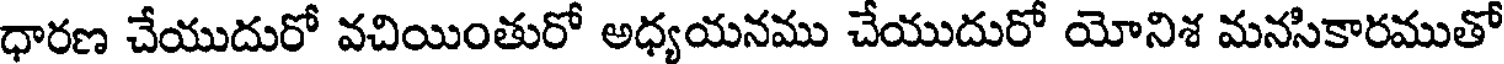
ధారణ చేయుదురో వచియింతురో అధ్యయనము చేయుదురో యోనిశ మనసికారముతో